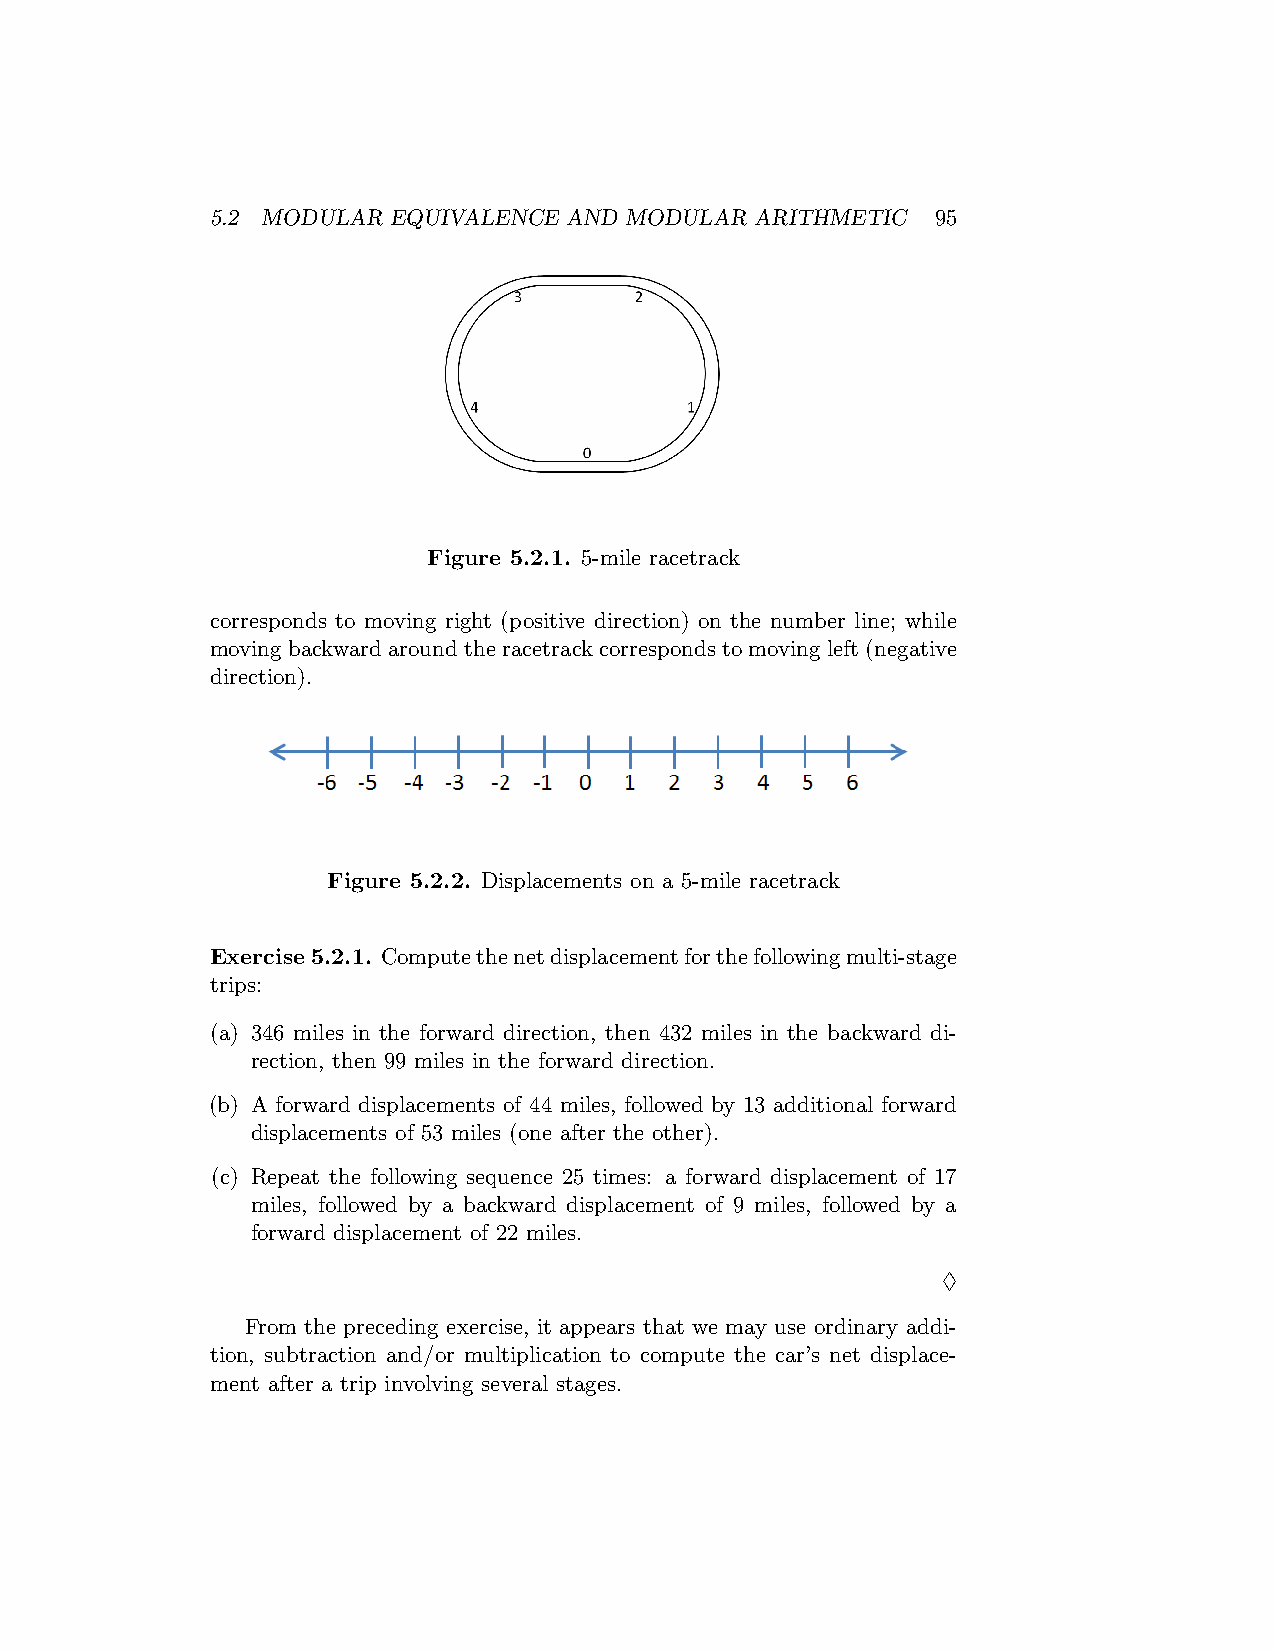
5.2 MODULAR EQUIVALENCE AND MODULAR ARITHMETIC  95
 Figure 5.2.1. 5-mile racetrack
 corresponds to moving right (positive direction) on the number line; while
 moving backward around the racetrack corresponds to moving left (negative
 direction).
 Figure 5.2.2. Displacements on a 5-mile racetrack
 Exercise5.2.1. Computethenetdisplacementforthefollowingmulti-stage
 trips:
 (a) 346 miles in the forward direction, then 432 miles in the backward di-
 rection, then 99 miles in the forward direction.
 (b) A forward displacements of 44 miles, followed by 13 additional forward
 displacements of 53 miles (one after the other).
 (c) Repeat the following sequence 25 times: a forward displacement of 17
 miles, followed by a backward displacement of 9 miles, followed by a
 forward displacement of 22 miles.
 ♢
 From the preceding exercise, it appears that we may use ordinary addi-
 tion, subtraction and/or multiplication to compute the car’s net displace-
 ment after a trip involving several stages.